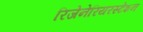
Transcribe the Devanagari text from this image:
रिजेनेरियरस्टेशन